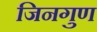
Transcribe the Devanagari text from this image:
जिनगुण